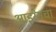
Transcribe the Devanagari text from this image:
आइरेसचा